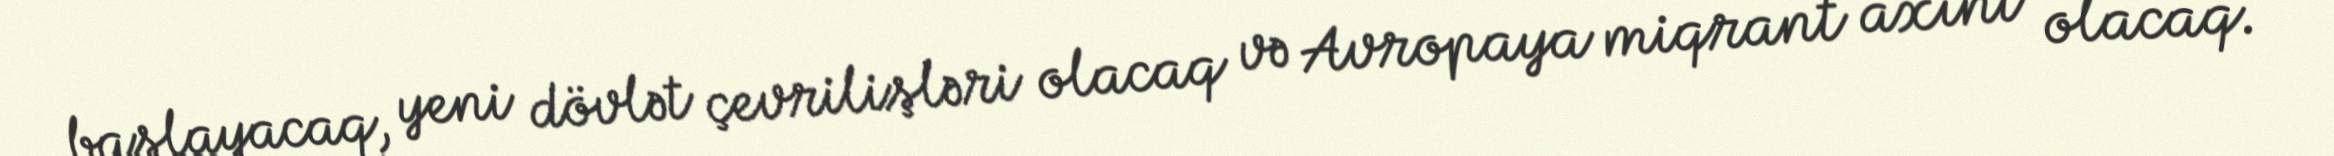
başlayacaq, yeni dövlət çevrilişləri olacaq və Avropaya miqrant axını olacaq.